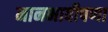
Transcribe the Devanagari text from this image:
मानभावीपणा